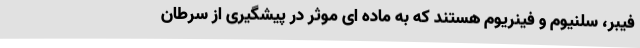
فیبر، سلنیوم و فینریوم هستند که به ماده ای موثر در پیشگیری از سرطان